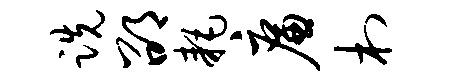
跣邵耗廉村